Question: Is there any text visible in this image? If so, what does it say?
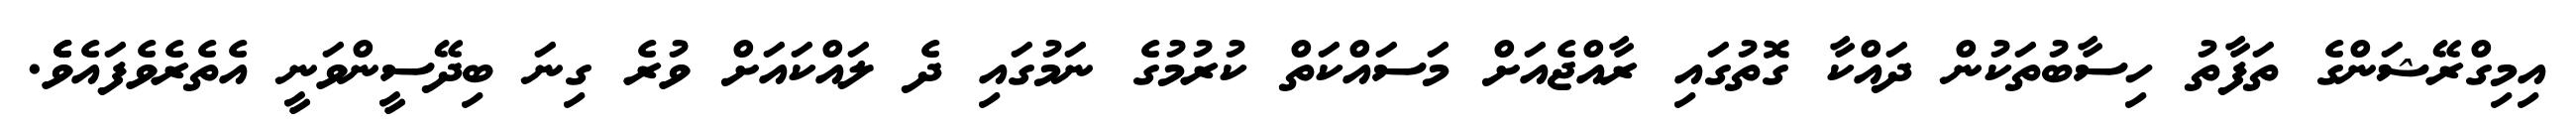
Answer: އިމިގްރޭޝަންގެ ތަފާތު ހިސާބުތަކުން ދައްކާ ގޮތުގައި ރާއްޖެއަށް މަސައްކަތް ކުރުމުގެ ނަމުގައި ދެ ލައްކައަށް ވުރެ ގިނަ ބިދޭސީންވަނީ އެތެރެވެފައެވެެ.